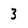
Character: 3